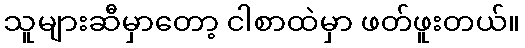
သူများဆီမှာတော့ ငါစာထဲမှာ ဖတ်ဖူးတယ်။